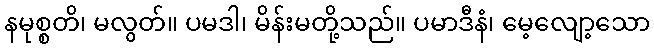
နမုစ္စတိ၊ မလွတ်။ ပမဒါ၊ မိန်းမတို့သည်။ ပမာဒီနံ၊ မေ့လျော့သော